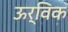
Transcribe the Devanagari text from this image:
ऊर्विक